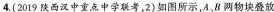
4.(2019陕西汉中重点中学联考，2)如图所示，A、B两物块叠放